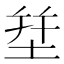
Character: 𱗈